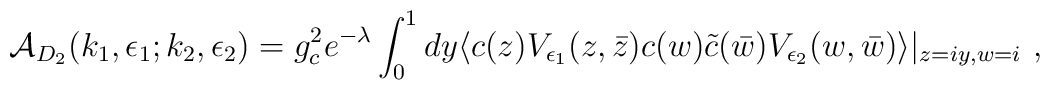
{\cal A}_{D_2}(k_1, \epsilon_1; k_2, \epsilon_2) = g^{2}_c e^{-\lambda} \int^{1}_{0} dy \langle c(z) V_{\epsilon_1}(z,\bar{z})c(w) \tilde{c}(\bar{w}) V_{\epsilon_2}(w,\bar{w}) \rangle |_{z=iy, w=i}~,